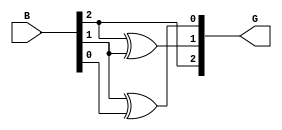
module gray_code_encoder #(parameter N = 3) (
    input  wire [N-1:0] B, // n-bit binary input
    output wire [N-1:0] G  // n-bit Gray code output
);

    // Most Significant Bit (MSB) of Gray code is the same as the MSB of binary input
    assign G[N-1] = B[N-1];

    // Remaining bits are calculated using XOR operation
    genvar i;
    generate
        for (i = N-2; i >= 0; i = i - 1) begin : gray_code_logic
            assign G[i] = B[i+1] ^ B[i];
        end
    endgenerate

endmodule